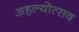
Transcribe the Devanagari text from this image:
अहल्योत्सव